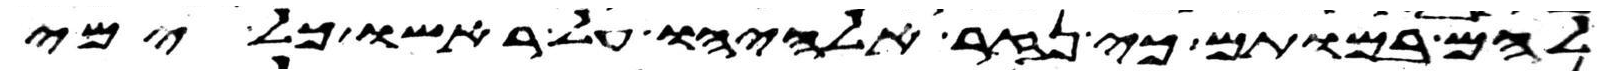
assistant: להם במותם כי נזר אלהיו על ראשו כל ימי